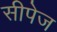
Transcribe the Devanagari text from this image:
सीपेज